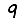
Digit: 9